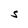
Character: S